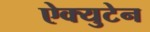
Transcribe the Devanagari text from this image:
ऐक्युटेन